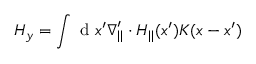
H _ { y } = \int \mathrm { ~ d ~ } x ^ { \prime } \ensuremath { \boldsymbol { \nabla } } _ { | | } ^ { \prime } \cdot \ensuremath { \boldsymbol { H } } _ { | | } ( x ^ { \prime } ) K ( x - x ^ { \prime } )